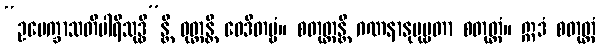
“ဥပေက္ခာသတိပါရိသုဒ္ဓိ”န္တိ ဝုတ္တန္တိ ဝေဒိတဗ္ဗံ။ စတုတ္ထန္တိ ဂဏနာနုပုဗ္ဗတာ စတုတ္ထံ။ ဣဒံ စတုတ္ထံ